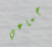
جماعي